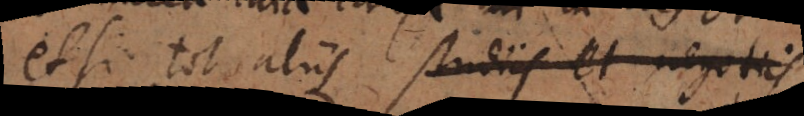
etsi tot aliis studiis et negotiis